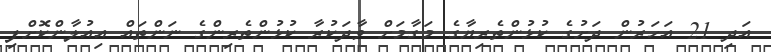
އަދި 21 އަހަރުން ދަށުގެ ކުޅުންތެރިޔާގެ މަގާމަށް ވާދަކުރާ ކުޅުންތެރިންގެ ނަންތައް އިއުލާންކޮށްފި